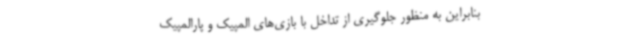
بنابراین به منظور جلوگیری از تداخل با بازی‌های المپیک و پارالمپیک